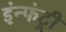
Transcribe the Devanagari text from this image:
इंन्फंट्री